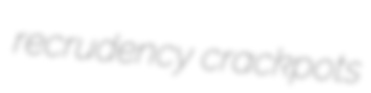
recrudency crackpots